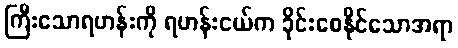
ကြီးသောရဟန်းကို ရဟန်းငယ်က ခိုင်းစေနိုင်သောအရာ